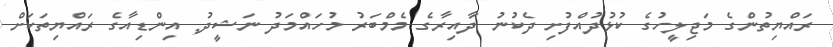
ރައްޔިތުންގެ މަޖިލީހުގެ ކުޅުދުއްފުށި ދެކުނު ދާއިރާގެ މެމްބަރު މުހައްމަދު ނަޝީދު